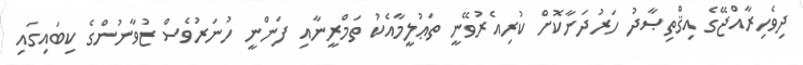
ދިވެހިރާއްޖޭގެ އިޤްތިޞާދު ހަރުދަނާކޮށް ކުރިއެރުވޭނީ ތަޢުލީމާއެކު ތަމްރީނާއި ފަންނީ ހުނަރުވެސް ޒުވާނުންގެ ކިބައިގައި